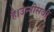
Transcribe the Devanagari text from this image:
है।उन्नीसवीं